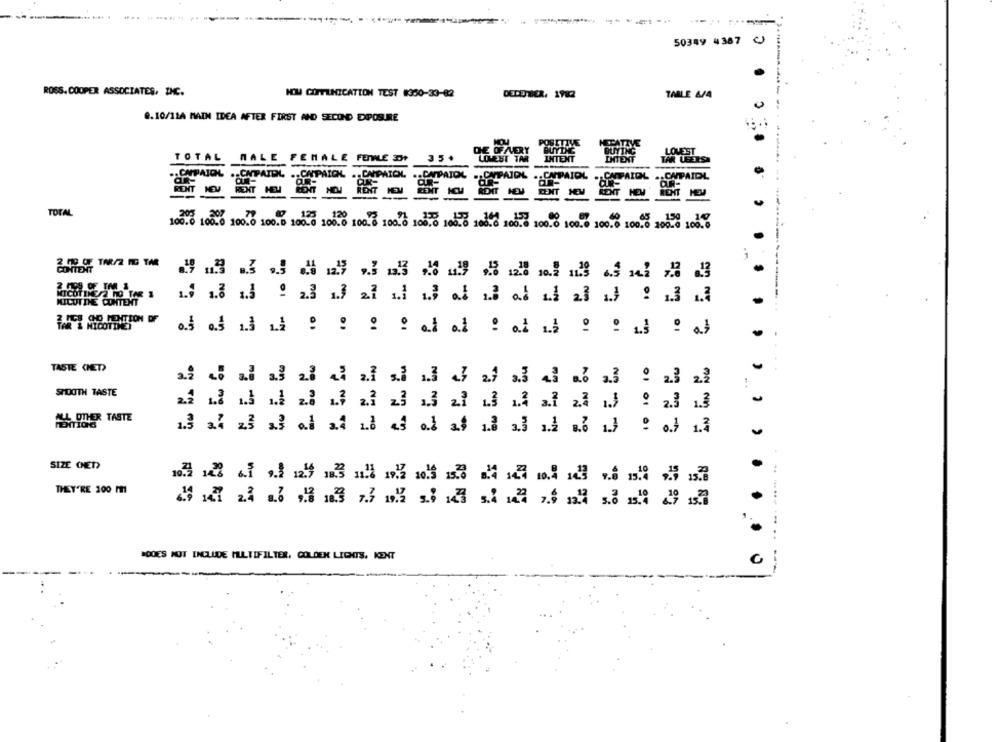
50349 4387 CJ
ROSS. COOPER ASSOCIATES, INC.
NOW COMMUNICATION TEST #350-33-82
DEDETBER, 1982
TABLE &/4
9.10/11A MAIN IDEA AFTER FIRST AND SECOND DIPOSURE
POSITIVE
DE OFAERY
MALE
BUYING
LOUEST
TOTAL
FEMALE FENILE 3D?
LOWEST TAR
INTENT
INTENT
TAR LEERSA
.. CAMPAICH.
.. CAPAIOL
.. CAPAIDL .. CAPAID
CAPAIOL
.. CAPAIDL
RENT
RENT HOU
RENT HEM
REHT HEM
TOTAL
100.0 100.0 100. 0 100.0 108.0 100.8 100.6 108.0 108.8 108.6 100.8 100.0 100.6 100.6 100.0 208.8 108.8
2 009 OF TM 1
NICOTINE/2 MO TAR 1
1.0 1.8 1.3
9 2.3 1.7 27
-
NICOTINE CONTENT
..
.1
-
IN FAN NO
TASTE (HET)
AN
SMOOTH TASTE
AS OTHER TASTE
.. .. ..
SIZE CHET)
THEY'RE 100 M
.
PODES NOT INCLUDE MULTIFILTER. GOLDEN LIGHTS, KENT
0